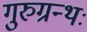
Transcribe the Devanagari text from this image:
गुरुग्रन्थः